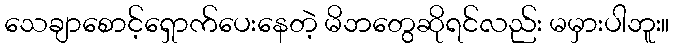
သေချာစောင့်ရှောက်ပေးနေတဲ့ မိဘတွေဆိုရင်လည်း မမှားပါဘူး။